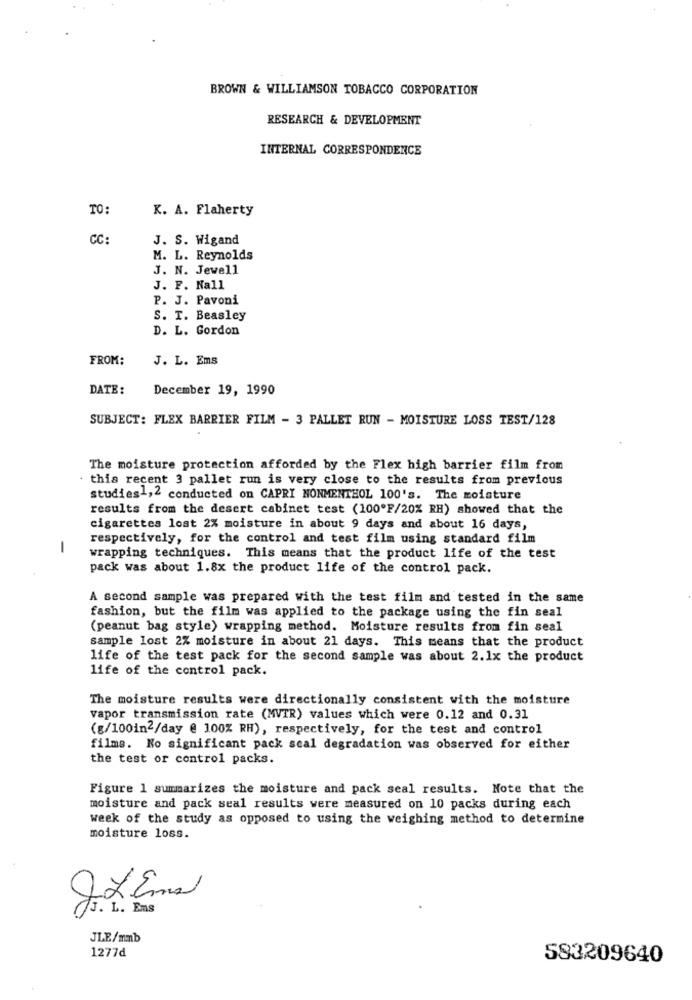
BROWN & WILLIAMSON TOBACCO CORPORATION
RESEARCH & DEVELOPMENT
INTERNAL CORRESPONDENCE
TO:
K. A. Flaherty
CC:
J. S. Wigand
M. L. Reynolds
J. N. Jewell
J. F. Nall
P. J. Pavoni
S. T. Beasley
D. L. Gordon
FROM:
J. L. Ems
DATE:
December 19, 1990
SUBJECT: FLEX BARRIER FILM - 3 PALLET RUN - MOISTURE LOSS TEST/128
The moisture protection afforded by the Flex high barrier film from
this recent 3 pallet run is very close to the results from previous
studies1,2 conducted on CAPRI NONMENTHOL 100's. The moisture
results from the desert cabinet test (100ºF/20% RH) showed that the
cigarettes lost 2% moisture in about 9 days and about 16 days,
respectively, for the control and test film using standard film
-
wrapping techniques. This means that the product life of the test
pack was about 1.8x the product life of the control pack.
A second sample was prepared with the test film and tested in the same
fashion, but the film was applied to the package using the fin seal
(peanut bag style) wrapping method. Moisture results from fin seal
sample lost 2% moisture in about 21 days. This means that the product
life of the test pack for the second sample was about 2.1x the product
life of the control pack.
The moisture results were directionally consistent with the moisture
vapor transmission rate (MVTR) values which were 0.12 and 0.31
(g/100in2/day @ 100% RH), respectively, for the test and control
films. No significant pack scal degradation was observed for either
the test or control packs.
Figure 1 summarizes the moisture and pack seal results. Note that the
moisture and pack seal results were measured on 10 packs during each
week of the study as opposed to using the weighing method to determine
moisture loss.
IL Enal
J. L. Ens
JLE/mmb
1277d
583209640